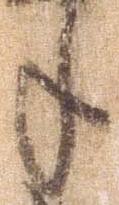
年